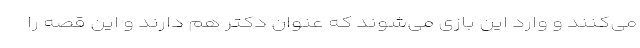
می‌کنند و وارد این بازی می‌شوند که عنوان دکتر هم دارند و این قصه را